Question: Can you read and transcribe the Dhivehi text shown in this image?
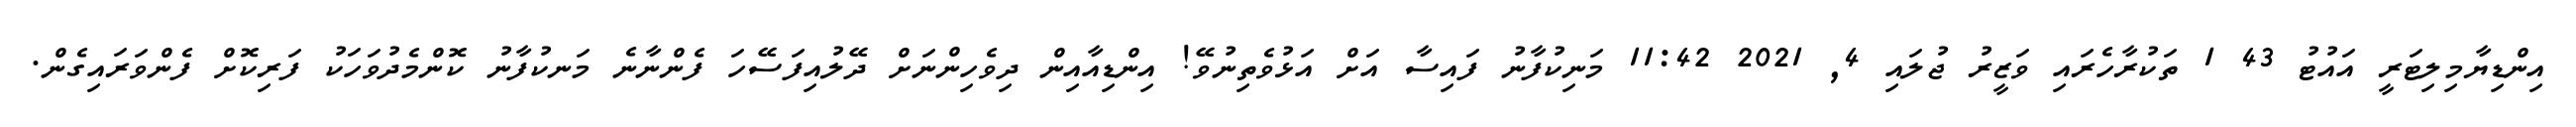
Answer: އިންޑިޔާމިލިޓަރީ އައުޓު 43 1 ތަކުރާހެރައި ވަޒީރު ޖުލައި 4, 2021 11:42 މަނިކުފާނު ފައިސާ އަށް އަޅުވެތިނުވޭ! އިންޑިއާއިން ދިވެހިންނަށް ދޭލުއިފަސޭހަ ފެންނާނެ މަނކުފާނު ކޮންމެދުވަހަކު ފަރިކޮށް ފެންވަރައިގެން.